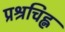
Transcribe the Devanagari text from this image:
प्रश्रचिह्न